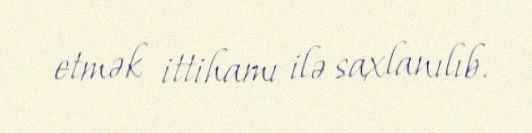
etmək ittihamı ilə saxlanılıb.